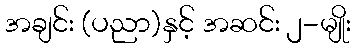
အချင်း (ပညာ)နှင့် အဆင်း ၂-မျိုး